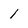
Character: 1